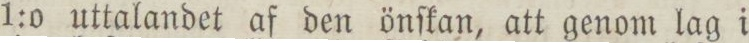
1:0 uttalandet af den önſkan, att genom lag i